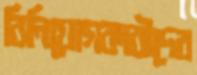
বিনিয়োগকারীদের